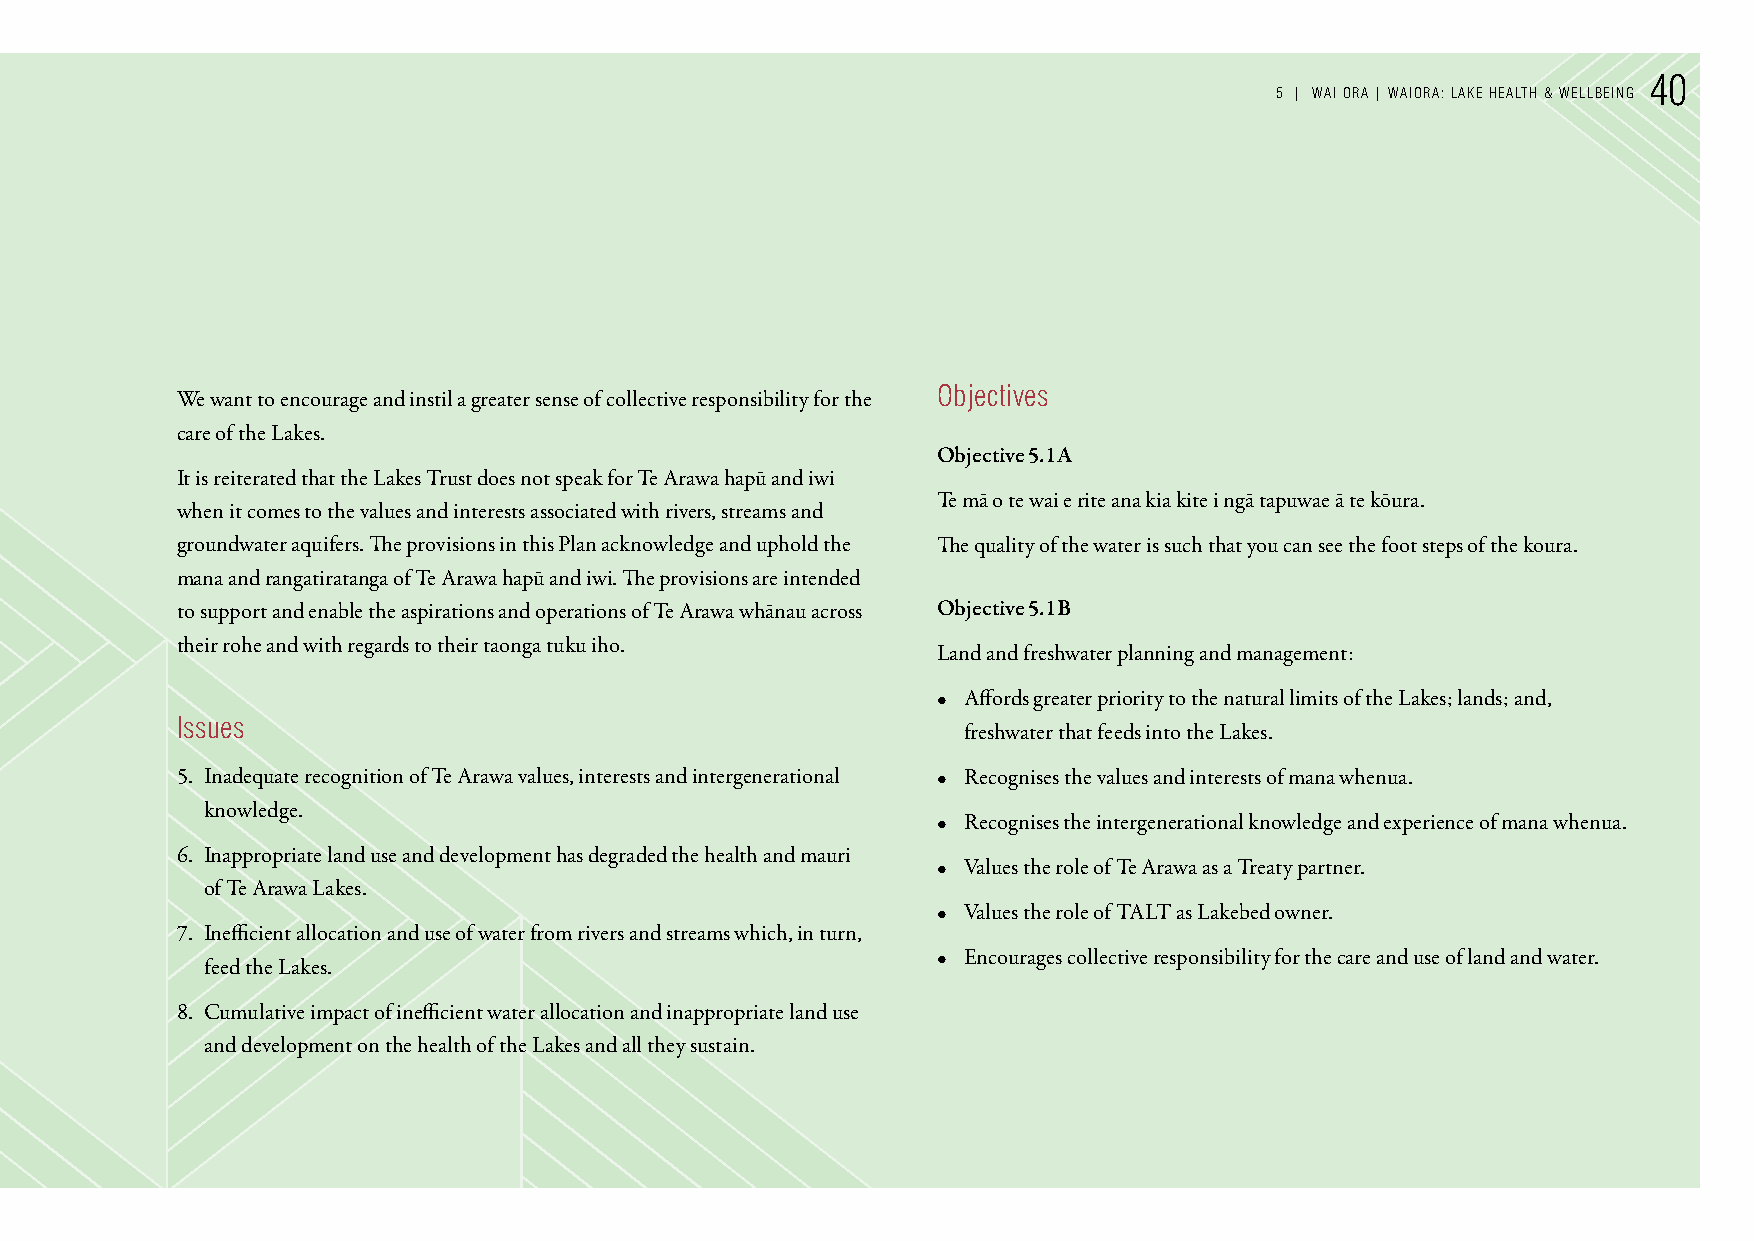
40
 5 | WAI orA | WAIorA: LAke HeALTH & WeLLBeInG
 objectives
 We want to encourage and instil a greater sense of collective responsibility for the
 care of the Lakes.
 Objective 5.1A
 It is reiterated that the Lakes Trust does not speak for Te Arawa hapū and iwi
 Te mā o te wai e rite ana kia kite i ngā tapuwae ā te kōura.
 when it comes to the values and interests associated with rivers, streams and
 groundwater aquifers. The provisions in this Plan acknowledge and uphold the The quality of the water is such that you can see the foot steps of the koura.
 mana and rangatiratanga of Te Arawa hapū and iwi. The provisions are intended
 to support and enable the aspirations and operations of Te Arawa whānau across Objective 5.1B
 their rohe and with regards to their taonga tuku iho.
 Land and freshwater planning and management:
 • Affords greater priority to the natural limits of the Lakes; lands; and,
 Issues
 freshwater that feeds into the Lakes.
 5. Inadequate recognition of Te Arawa values, interests and intergenerational • Recognises the values and interests of mana whenua.
 knowledge.
 • Recognises the intergenerational knowledge and experience of mana whenua.
 6. Inappropriate land use and development has degraded the health and mauri
 • Values the role of Te Arawa as a Treaty partner.
 of Te Arawa Lakes.
 • Values the role of TALT as Lakebed owner.
 7. Inefficient allocation and use of water from rivers and streams which, in turn,
 • Encourages collective responsibility for the care and use of land and water.
 feed the Lakes.
 8. Cumulative impact of inefficient water allocation and inappropriate land use
 and development on the health of the Lakes and all they sustain.